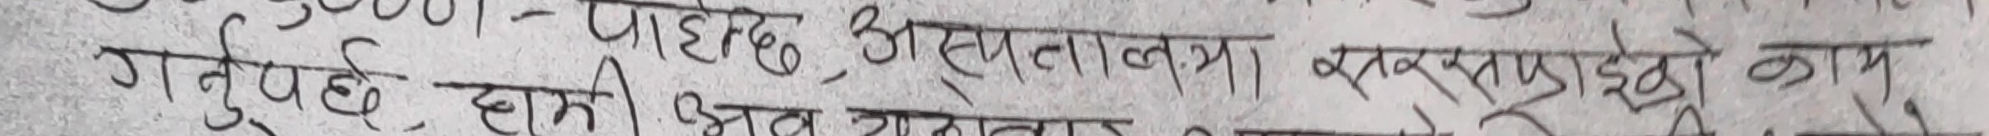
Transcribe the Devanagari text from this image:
२००१ - पाहछ, असमानता। व्यवस्थाप्रतिको काम
गर्नुपर्छ हामी भ्रष्ट अनातवाद